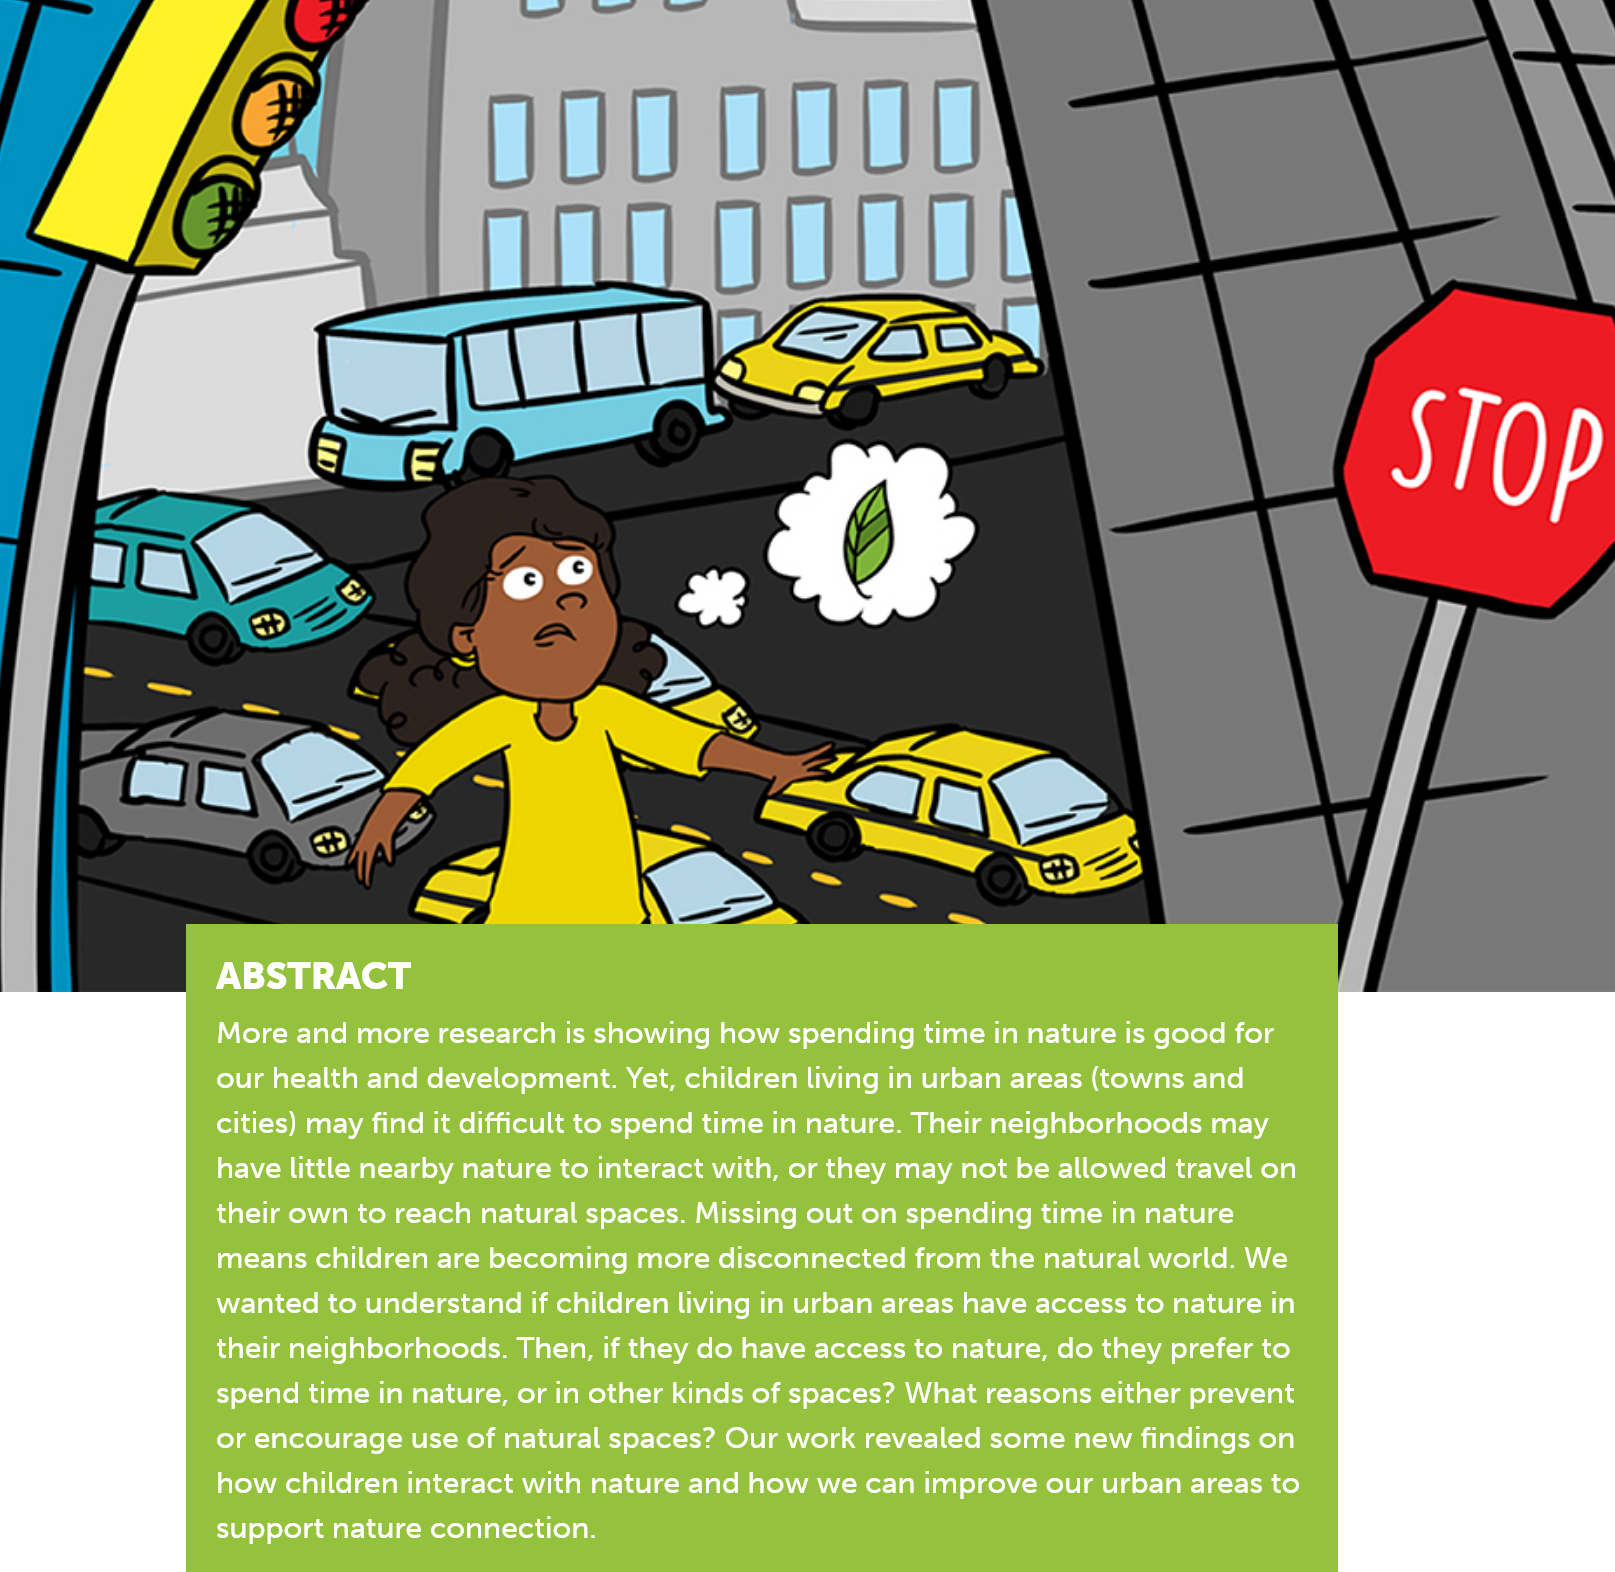
ABSTRACT
     More and more research is showing how spending time in nature is good for
     our health and development. Yet, children living in urban areas (towns and
     cities) may find it difficult to spend time in nature. Their neighborhoods may
     have little nearby nature to interact with, or they may not be allowed travel on
     their own to reach natural spaces. Missing out on spending time in nature
     means children are becoming more disconnected from the natural world. We
     wanted to understand if children living in urban areas have access to nature in
     their neighborhoods. Then, if they do have access to nature, do they prefer to
     spend time in nature, or in other kinds of spaces? What reasons either prevent
     or encourage use of natural spaces? Our work revealed some new findings on
     how children interact with nature and how we can improve our urban areas to
     support nature connection.